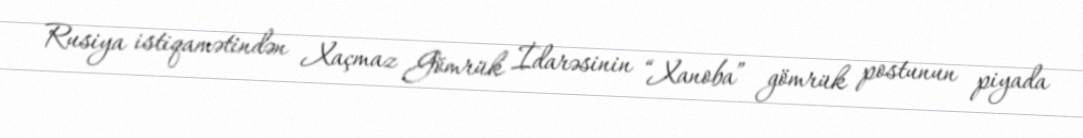
Rusiya istiqamətindən Xaçmaz Gömrük İdarəsinin “Xanoba” gömrük postunun piyada